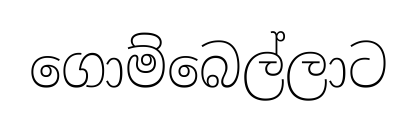
ගොම්බෙල්ලාට